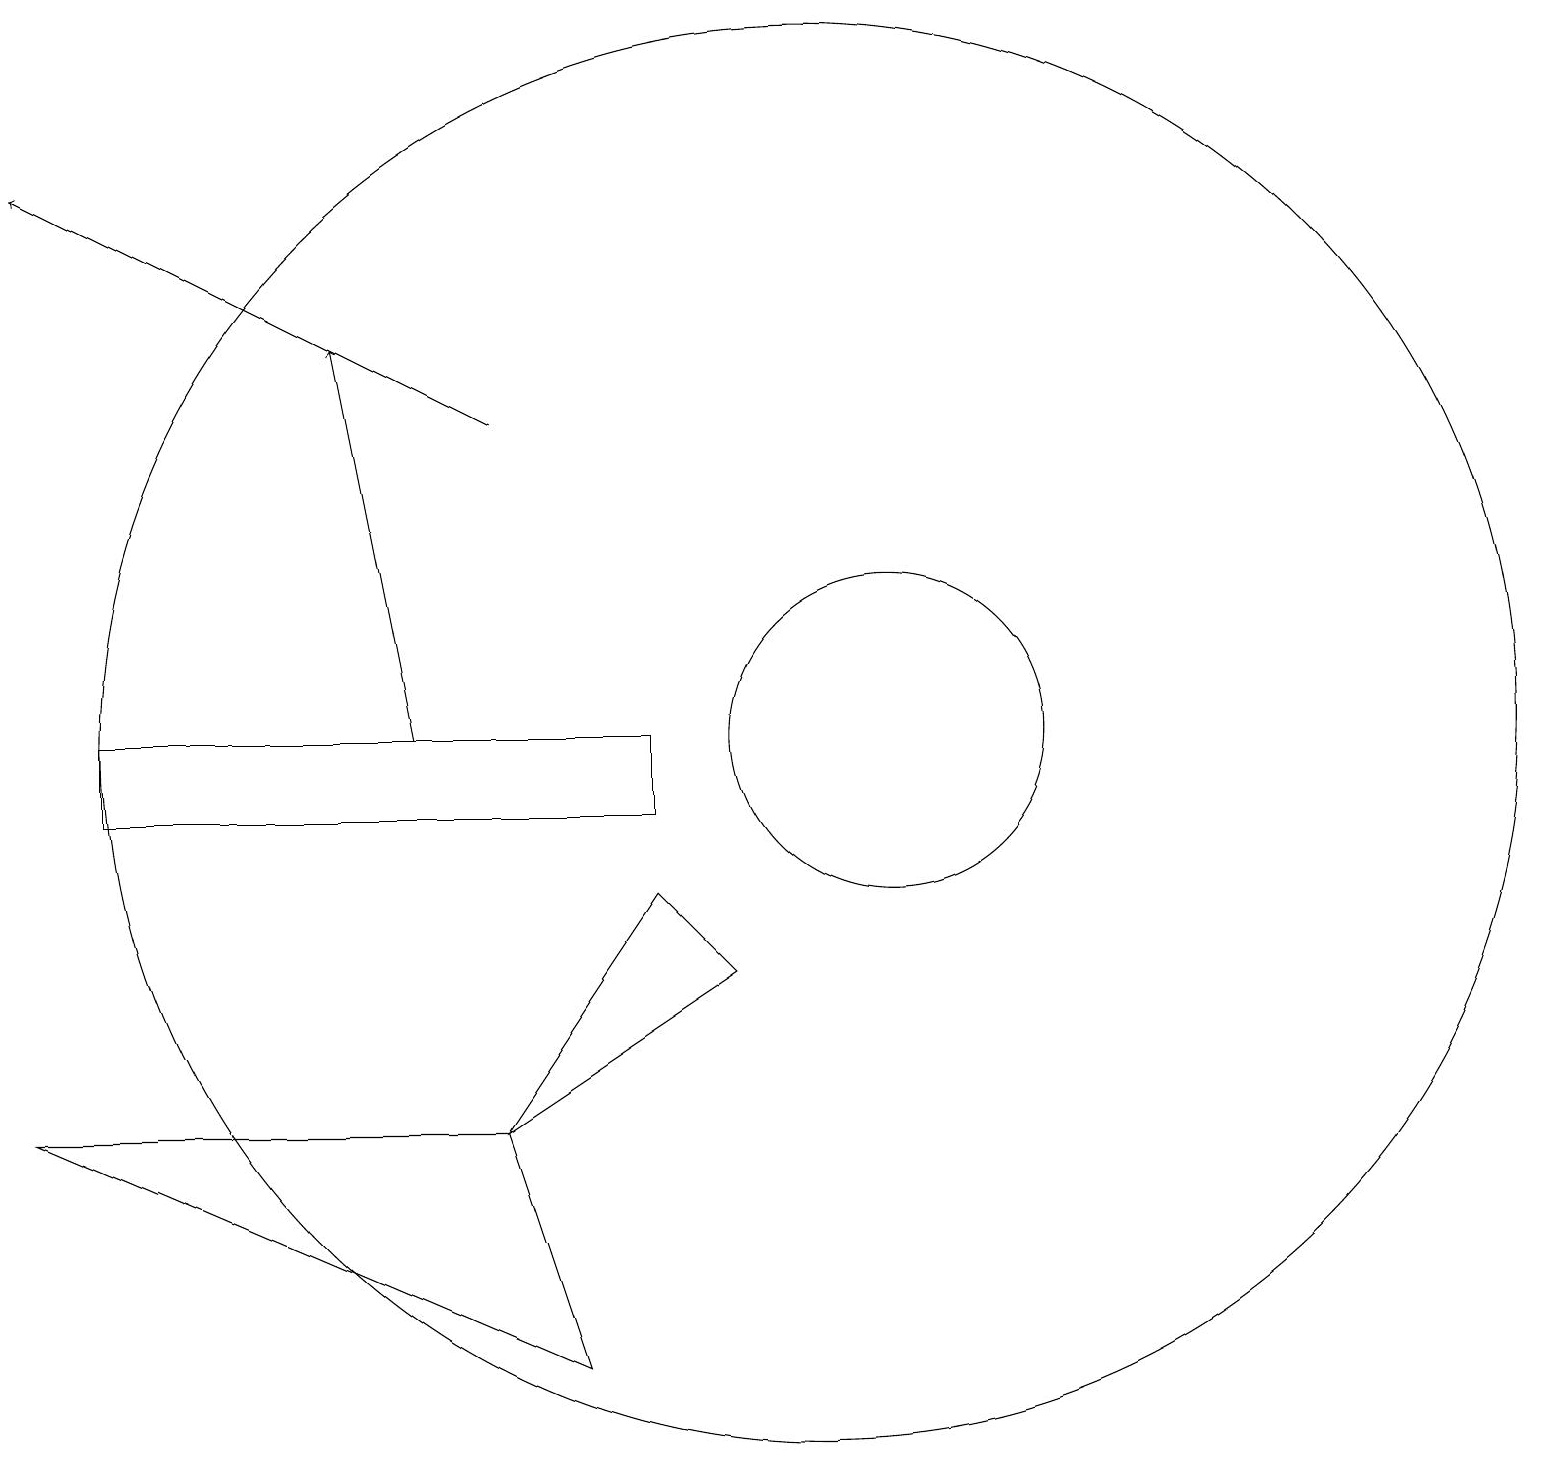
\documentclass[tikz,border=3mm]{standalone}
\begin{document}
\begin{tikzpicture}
\draw (6,6) -- (8,9) -- (9,8) -- cycle;
\draw (11,11) circle (2);
\draw[->] (5,11) -- (4,16);
\draw (8,10) rectangle (1,11);
\draw (10,11) circle (9);
\draw (6,6) -- (7,3) -- (0,6) -- cycle;
\draw[->] (6,15) -- (0,18);
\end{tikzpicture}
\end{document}